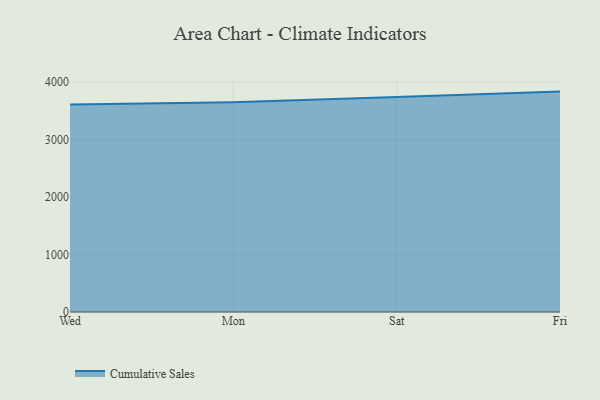
{"axis": {"x": "Day", "y": "Customer Acquisition Cost (USD)"}, "legend": ["Cumulative Sales"], "data": [{"x": "Wed", "y": 3605.2, "type": "Cumulative Sales"}, {"x": "Mon", "y": 3645.4, "type": "Cumulative Sales"}, {"x": "Sat", "y": 3738.9, "type": "Cumulative Sales"}, {"x": "Fri", "y": 3830.9, "type": "Cumulative Sales"}]}